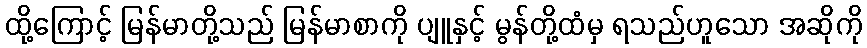
ထို့ကြောင့် မြန်မာတို့သည် မြန်မာစာကို ပျူနှင့် မွန်တို့ထံမှ ရသည်ဟူသော အဆိုကို